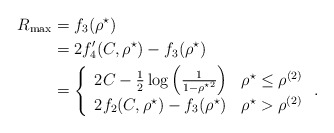
\begin{align*}R_{\max}&=f_3(\rho^\star)\\&= 2f^\prime_4(C,\rho^\star)-f_3(\rho^\star)\\&= \left\{\begin{array}{ll}2C-\frac{1}{2}\log\left(\frac{1}{1-{\rho^\star}^2}\right)& \rho^\star\leq \rho^{(2)}\\2f_2(C,\rho^\star)-f_3(\rho^\star)& \rho^\star>\rho^{(2)}\end{array}\right..\end{align*}